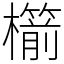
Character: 櫤